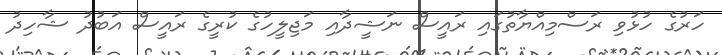
ހަރުގެ ހުޅުވި ރަސްމިއްޔާތުގައި ރައީސް ނަޝީދާއި މަޖިލީހުގެ ކުރީގެ ރައީސް އަބުދު ޝާހިދު